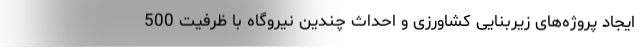
ایجاد پروژه‌های زیربنایی کشاورزی و احداث چندین نیروگاه با ظرفیت 500